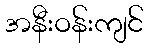
အနီးဝန်းကျင်